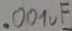
Text: .001uF